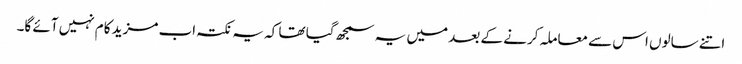
اتنے سالوں اس سے معاملہ کرنے کے بعد میں یہ سمجھ گیا تھا کہ یہ نکتہ اب مزید کام نہیں آئے گا۔